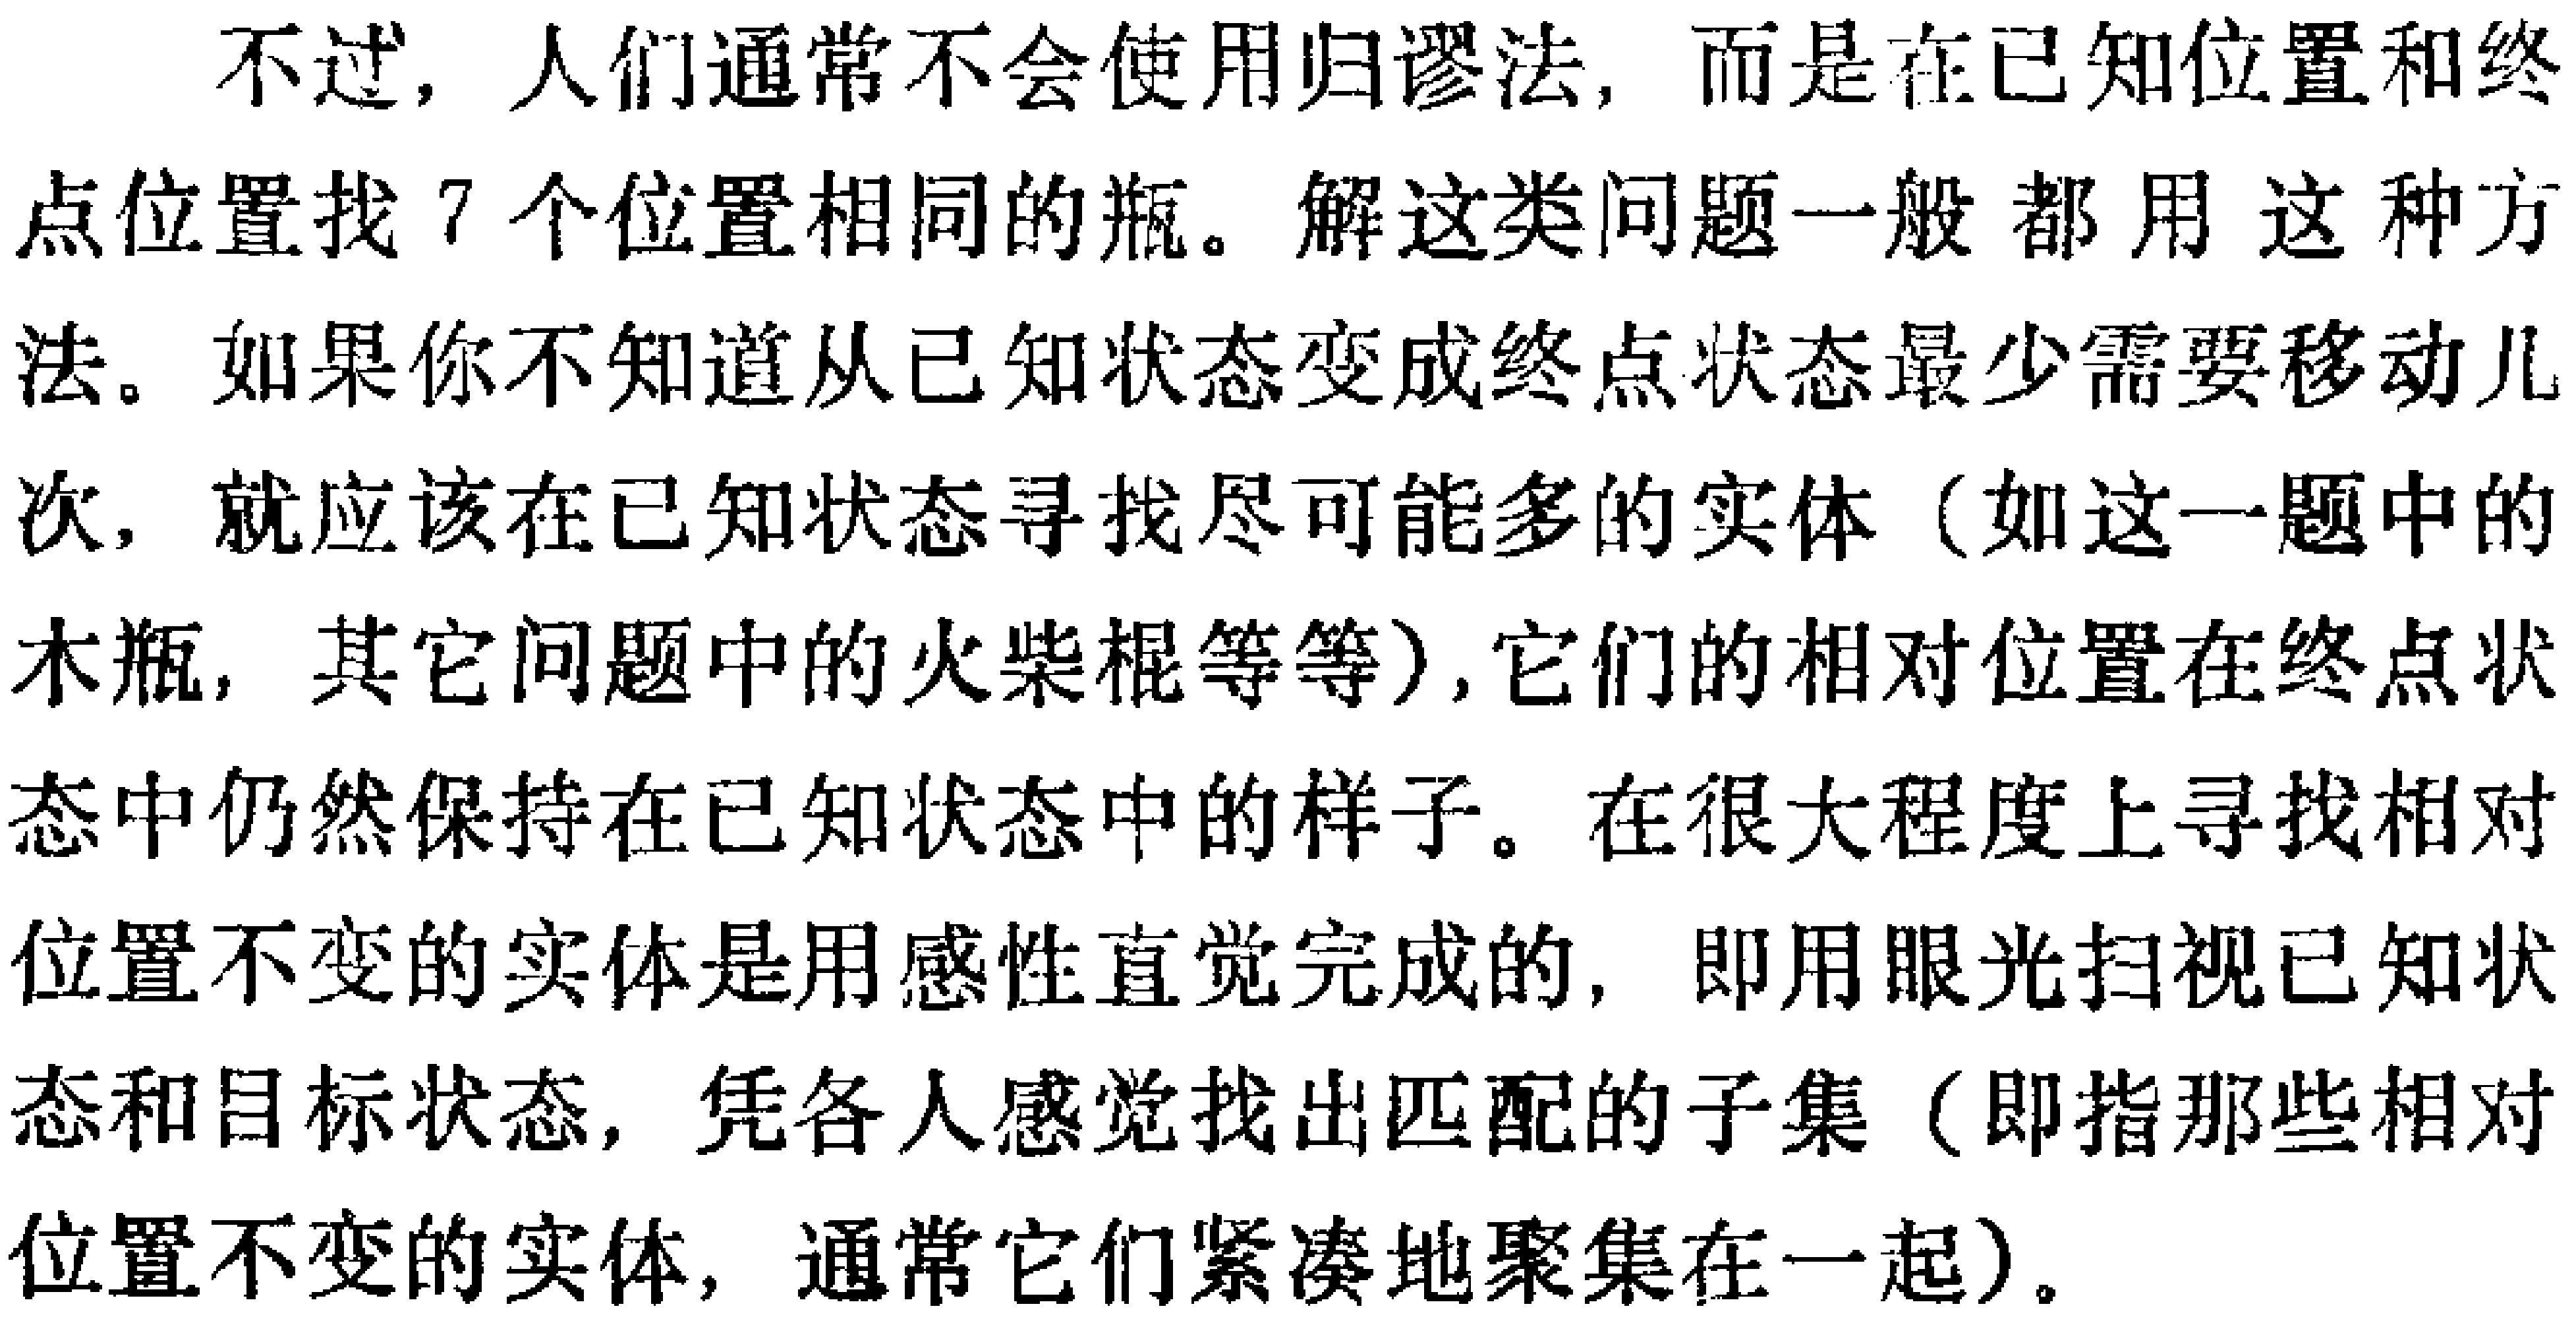
不过，人们通常不会使用归谬法，而是在已知位置和终点位置找 7 个位置相同的瓶。解这类问题一般都用这种方法。如果你不知道从已知状态变成终点状态最少需要移动儿次，就应该在已知状态寻找尽可能多的实体（如这一题中的木瓶，其它问题中的火柴棍等等）,它们的相对位置在终点状态中仍然保持在已知状态中的样子。在很大程度上寻找相对位置不变的实体是用感性直觉完成的，即用眼光扫视已知状态和目标状态，凭各人感觉找出匹配的子集（即指那些相对位置不变的实体，通常它们紧凑地聚集在一起）。